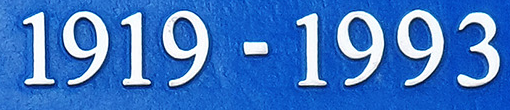
1919-1993